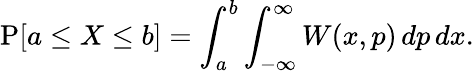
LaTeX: \operatorname{P}[a\leq X\leq b]=\int_{a}^{b}\int_{-\infty}^{\infty}W(x,p)\, dp\, dx.